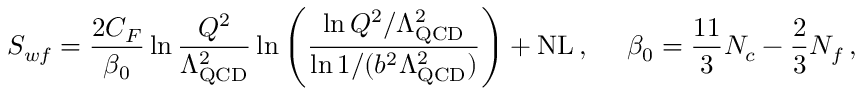
S _ { w f } = \frac { 2 C _ { F } } { \beta _ { 0 } } \ln \frac { Q ^ { 2 } } { \Lambda _ { \mathrm { Q C D } } ^ { 2 } } \ln \left( \frac { \ln Q ^ { 2 } / \Lambda _ { \mathrm { Q C D } } ^ { 2 } } { \ln 1 / ( b ^ { 2 } \Lambda _ { \mathrm { Q C D } } ^ { 2 } ) } \right) + \mathrm { N L } \, , \ \ \ \ \beta _ { 0 } = \frac { 1 1 } { 3 } N _ { c } - \frac { 2 } { 3 } N _ { f } \, ,